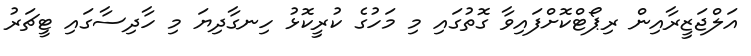
އަލްޖަޒީރާއިން ރިޕޯޓްކޮށްފައިވާ ގޮތުގައި މި މަހުގެ ކުރީކޮޅު ހިނގާދިޔަ މި ހާދިސާގައި ޓީޗަރު